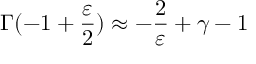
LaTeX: \Gamma ( - 1 + \frac { \varepsilon } { 2 } ) \approx - \frac { 2 } { \varepsilon } + \gamma - 1